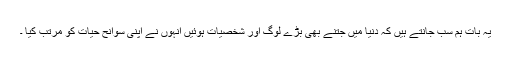
یہ بات ہم سب جانتے ہیں کہ دنیا میں جتنے بھی بڑے لوگ اور شخصیات ہوئیں انہوں نے اپنی سوانح حیات کو مرتب کیا ۔